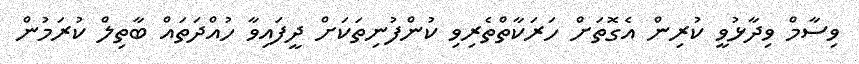
ވިސާމް ވިދާޅުވީ ކުރިން އެގޮތަށް ހަރަކާތްތެރިވި ކުންފުނިތަކަށް ދީފައިވާ ހުއްދަތައް ބާތިލް ކުރަމުން